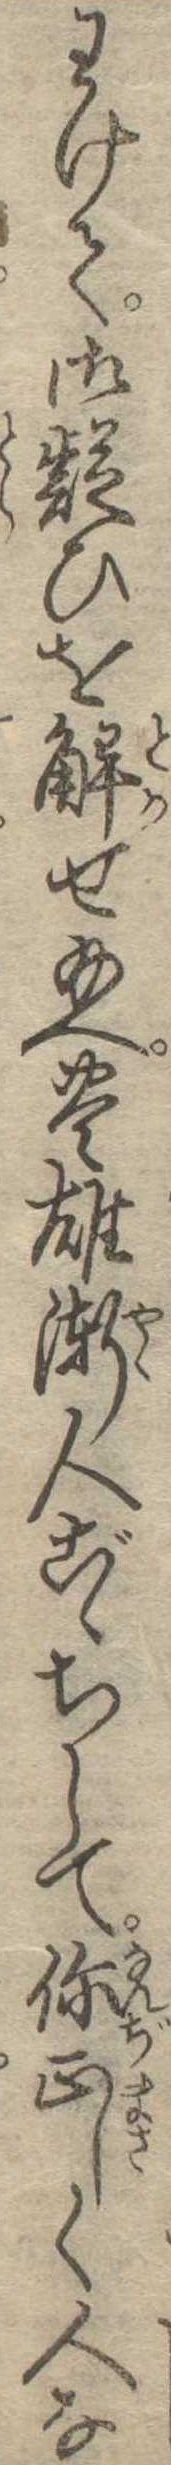
わけて御疑ひを解せ給へ豊雄漸人ごゝちして正しく人な